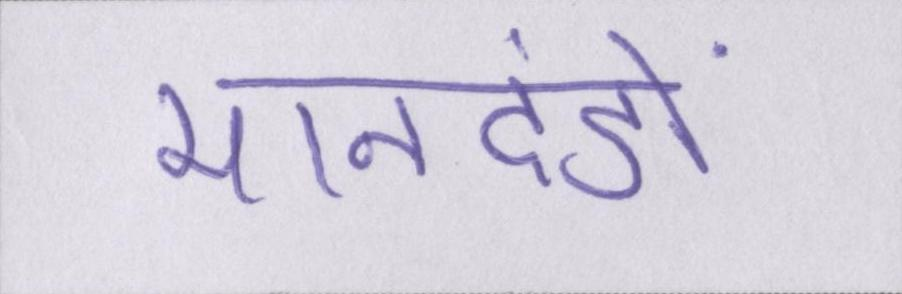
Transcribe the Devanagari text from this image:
मानदंडों